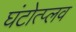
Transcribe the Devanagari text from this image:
घंटोत्प्लव